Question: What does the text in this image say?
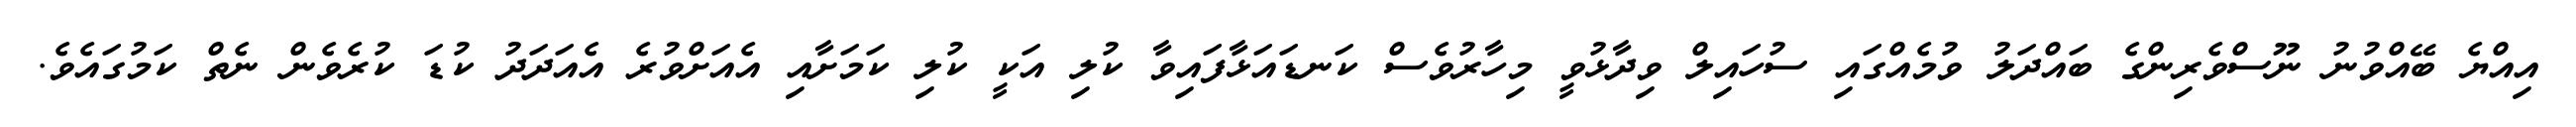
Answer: އިއްޔެ ބޭއްވުނު ނޫސްވެރިންގެ ބައްދަލު ވުމެއްގައި ސުހައިލް ވިދާޅުވީ މިހާރުވެސް ކަނޑައަޅާފައިވާ ކުލި އަކީ ކުލި ކަމަށާއި އެއަށްވުރެ އެއަދަދު ކުޑަ ކުރެވެން ނެތް ކަމުގައެވެ.